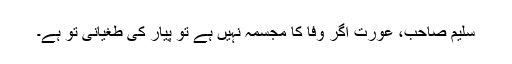
سلیم صاحب، عورت اگر وفا کا مجسمہ نہیں ہے تو پیار کی طغیانی تو ہے۔